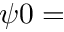
\psi 0 =